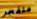
متفجر